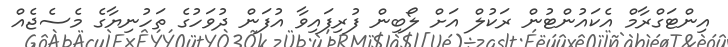
އިންޓަގްރާމް އެކައުންޓުން ރަކުލް އަށް ލޯބިން ފުރިފައިވާ އުފަން ދުވަހުގެ ތަހުނިޔާގެ މެސެޖެއް